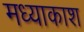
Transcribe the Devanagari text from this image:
मध्याकाश